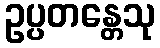
ဥပ္ပတန္တေသု